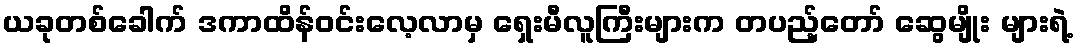
ယခုတစ်ခေါက် ဒကာထိန်ဝင်းလေ့လာမှ ရှေးမီလူကြီးများက တပည့်တော် ဆွေမျိုး များရဲ့